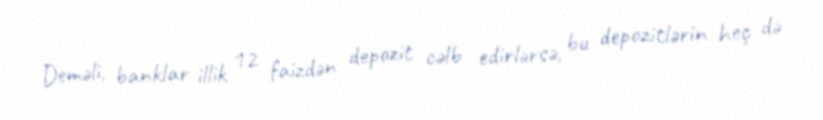
Deməli, banklar illik 12 faizdən depozit cəlb edirlərsə, bu depozitlərin heç də